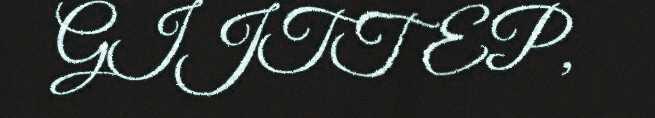
GIJTTEP,